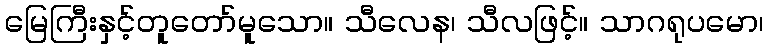
မြေကြီးနှင့်တူတော်မူသော။ သီလေန၊ သီလဖြင့်။ သာဂရုပမော၊